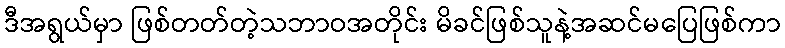
ဒီအရွယ်မှာ ဖြစ်တတ်တဲ့သဘာဝအတိုင်း မိခင်ဖြစ်သူနဲ့အဆင်မပြေဖြစ်ကာ